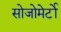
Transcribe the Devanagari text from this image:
सोजोमेर्टो